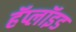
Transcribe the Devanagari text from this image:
हॅप्लॉइड